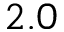
2 . 0